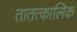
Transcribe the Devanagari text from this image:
तातत्कालिक